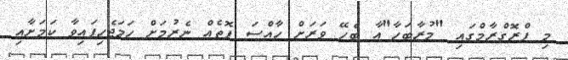
މި ޕްރޮގްރާމްގައި "މުރާބަހާ"އާ ބެހޭ ވަރަށް ހާއްސަ ފޮތެއް ނެރުމަށް ހަމަޖެހިފައިވާ ކަމަށާއި